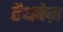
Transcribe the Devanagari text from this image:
हैथवेज़